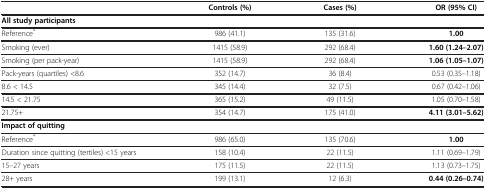
|  | Controls (%) | Cases (%) | OR (95% CI) |
 | --- | --- | --- | --- |
 | All study participants |  |  |  |
 | Reference* | 986 (41.1) | 135 (31.6) | 1.00 |
 | Smoking (ever) | 1415 (58.9) | 292 (68.4) | 1.60 (1.24–2.07) |
 | Smoking (per pack-year) | 1415 (58.9) | 292 (68.4) | 1.06 (1.05–1.07) |
 | Pack-years (quartiles) <8.6 | 352 (14.7) | 36 (8.4) | 0.53 (0.35–1.18) |
 | 8.6 < 14.5 | 345 (14.4) | 32 (7.5) | 0.67 (0.42–1.06) |
 | 14.5 < 21.75 | 365 (15.2) | 49 (11.5) | 1.05 (0.70–1.58) |
 | 21.75+ | 354 (14.7) | 175 (41.0) | 4.11 (3.01–5.62) |
 | Impact of quitting |  |  |  |
 | Reference* | 986 (65.0) | 135 (70.6) | 1.00 |
 | Duration since quitting (tertiles) <15 years | 158 (10.4) | 22 (11.5) | 1.11 (0.69–1.79) |
 | 15–27 years | 175 (11.5) | 22 (11.5) | 1.13 (0.73–1.75) |
 | 28+ years | 199 (13.1) | 12 (6.3) | 0.44 (0.26–0.74) |